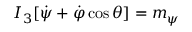
I _ { 3 } [ \dot { \psi } + \dot { \varphi } \cos \theta ] = m _ { \psi }